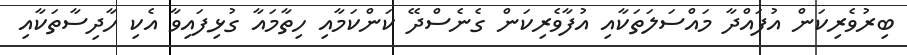
ބިރުވެރިކަން އުފައްދާ މައްސަލަތަކާއި އުފާވެރިކަން ގެނެސްދޭ ކަންކަމާއި ހިތާމައާ ގުޅިފައިވާ އެކި ހާދިސާތަކާއި